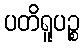
ပတိရူပဉ္စ